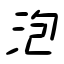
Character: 泡